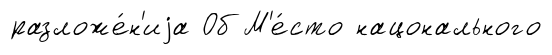
разложе́н'иjа Об М'е́сто нацонального